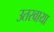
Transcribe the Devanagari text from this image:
उतरवाया